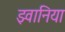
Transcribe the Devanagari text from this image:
झ्वानिया